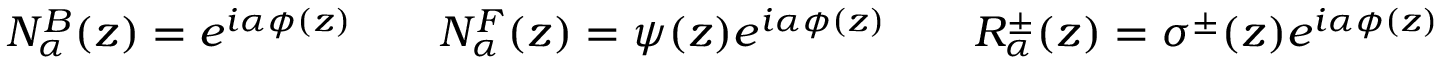
N _ { \alpha } ^ { B } ( z ) = e ^ { i \alpha \phi ( z ) } \qquad N _ { \alpha } ^ { F } ( z ) = \psi ( z ) e ^ { i \alpha \phi ( z ) } \qquad R _ { \alpha } ^ { \pm } ( z ) = \sigma ^ { \pm } ( z ) e ^ { i \alpha \phi ( z ) }